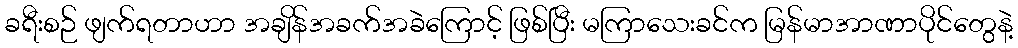
ခရီးစဉ် ဖျက်ရတာဟာ အချိန်အခက်အခဲကြောင့် ဖြစ်ပြီး မကြာသေးခင်က မြန်မာအာဏာပိုင်တွေနဲ့